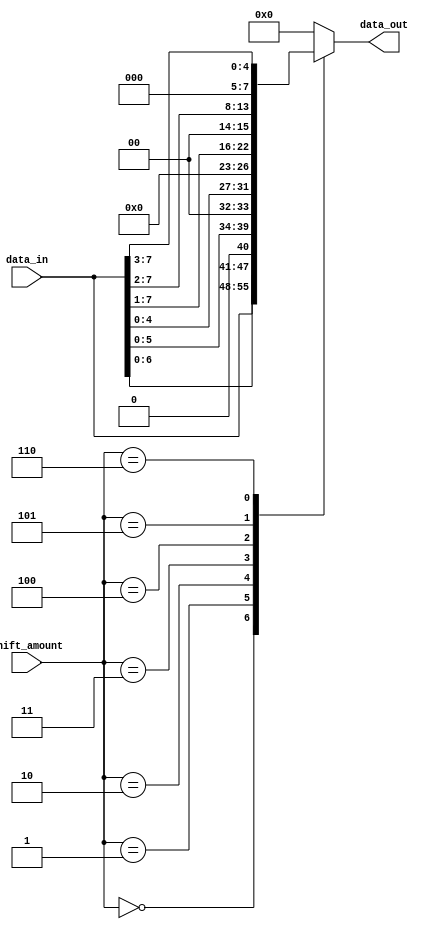
module barrel_shifter (
  input [7:0] data_in,
  input [2:0] shift_amount,
  output reg [7:0] data_out
);

always @(*) begin
  case(shift_amount)
    3'b000: data_out <= data_in; // No shift
    3'b001: data_out <= data_in << 1; // Shift left by 1
    3'b010: data_out <= data_in << 2; // Shift left by 2
    3'b011: data_out <= data_in << 3; // Shift left by 3
    3'b100: data_out <= data_in >> 1; // Shift right by 1
    3'b101: data_out <= data_in >> 2; // Shift right by 2
    3'b110: data_out <= data_in >> 3; // Shift right by 3
    default: data_out <= 8'b0; // Default value
  endcase
end

endmodule